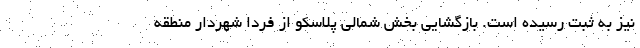
نیز به ثبت رسیده است. بازگشایی بخش شمالی پلاسکو از فردا شهردار منطقه